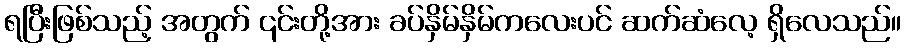
ရပြီးဖြစ်သည့် အတွက် ၎င်းတို့အား ခပ်နှိမ်နှိမ်ကလေးပင် ဆက်ဆံလေ့ ရှိလေသည်။